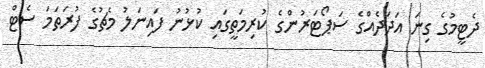
ދެޓީމުގެ ގިނަ އަދަދެއްގެ ސަޕޯޓަރުންގެ ކުރިމަތީގައި ކުޅުނު ފައިނަލު މެޗުގެ ފުރަތަމަ ސެޓް